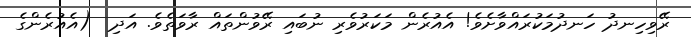
ރޭވިހިނދު ހަނދުމަކުރައްވާށެވެ! އެއުރެން މަކަރުވެރި ނުބައި ރޭވުންތައް ރާވަތެވެ. އަދި  (އެއުރެންގެ